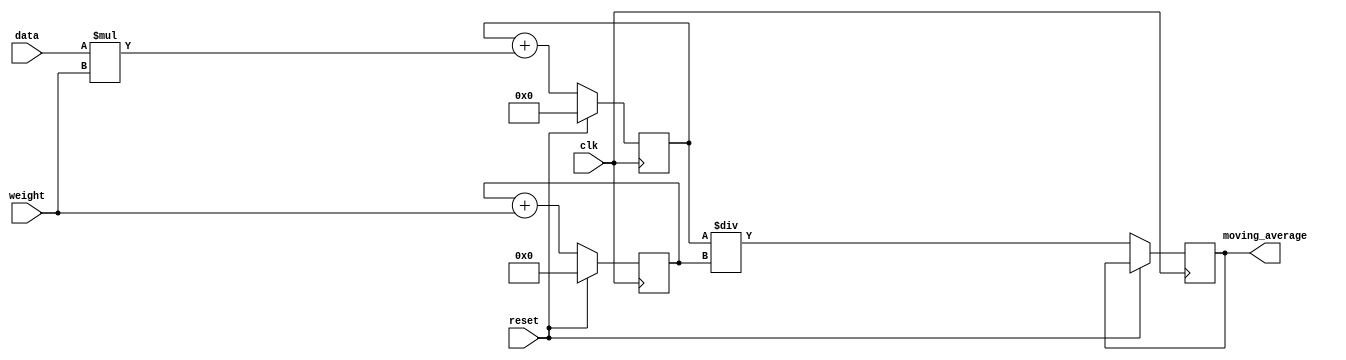
module weighted_moving_average_accumulator (
    input wire clk,
    input wire reset,
    input wire [7:0] data,
    input wire [7:0] weight,
    output reg [15:0] moving_average
);

reg [15:0] sum;
reg [7:0] total_weight;

always @ (posedge clk) begin
    if (reset) begin
        sum <= 0;
        total_weight <= 0;
    end else begin
        sum <= sum + (data * weight);
        total_weight <= total_weight + weight;
        moving_average <= sum / total_weight;
    end
end

endmodule